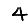
Digit: 4